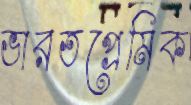
ভারতপ্রেমিক